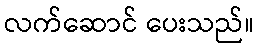
လက်ဆောင် ပေးသည်။